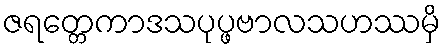
ဇရတ္တေကာဒသပုပ္ဖဗာလသဟဿမှိ